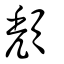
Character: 頹